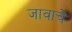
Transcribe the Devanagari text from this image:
जावाचे